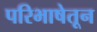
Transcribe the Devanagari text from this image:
परिभाषेतून